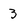
Character: 3